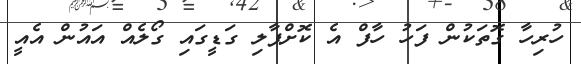
ހުރިހާ ގޮތަކުން ފަހު ހާފް އެ ކޮށްޕާލި ގަޑީގައި ގޯލެއް އައުން އެއީ